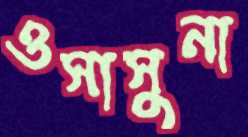
ওসাসুনা